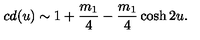
c d ( u ) \sim 1 + \frac { m _ { 1 } } { 4 } - \frac { m _ { 1 } } { 4 } \cosh 2 u .